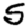
Digit: 5